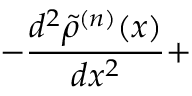
- \frac { d ^ { 2 } \tilde { \rho } ^ { ( n ) } ( x ) } { d x ^ { 2 } } +